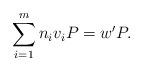
LaTeX: \begin{align*} \sum_{i=1}^{m} n_i v_iP=w'P.\end{align*}